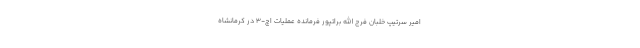
امیر سرتیپ خلبان فرج الله براتپور فرمانده عملیات اچ-۳ در کرمانشاه